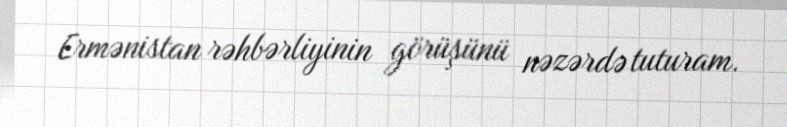
Ermənistan rəhbərliyinin görüşünü nəzərdə tuturam.